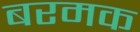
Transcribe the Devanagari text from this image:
बरमक